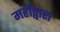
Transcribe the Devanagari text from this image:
महींद्वारा